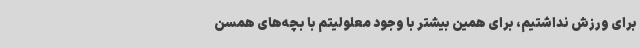
برای ورزش نداشتیم، برای همین بیشتر با وجود معلولیتم با بچه‌های همسن